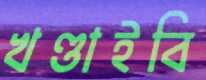
খণ্ডাইবি